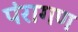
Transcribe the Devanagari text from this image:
पंरागण